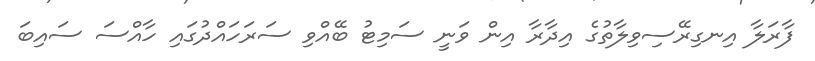
ފާރަލާ އިނގިރޭސިވިލާތުގެ އިދާރާ އިން ވަނީ ސަމިޓު ބޭއްވި ސަރަހައްދުގައި ހާއްސަ ސައިބަ